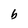
Character: b